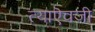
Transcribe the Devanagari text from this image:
त्याऎवजी